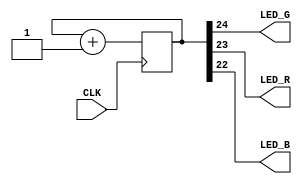
// This program was cloned from: https://github.com/FPGAwars/apio-examples
// License: GNU General Public License v2.0


module blink_test (
	input CLK,
	output LED_G,
	output LED_R,
	output LED_B
);

//-- Modify this value for changing the blink frequency
localparam N = 24;  //-- N<=21 Fast, N>=23 Slow

reg [N:0] counter;
always @(posedge CLK)
  counter <= counter + 1;

assign LED_G = counter[N];
assign LED_R = counter[N-1];
assign LED_B = counter[N-2];

endmodule